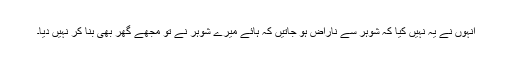
انہوں نے یہ نہیں کیا کہ شوہر سے ناراض ہو جاتیں کہ ہائے میرے شوہر نے تو مجھے گھر بھی بنا کر نہیں دیا۔